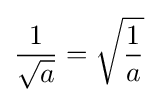
{\frac {1}{\sqrt {a}}}={\sqrt {\frac {1}{a}}}